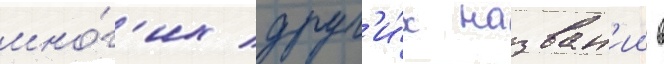
мно́г'их друг'и́х назван'ии в